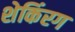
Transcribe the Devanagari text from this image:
शेकिंरग